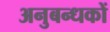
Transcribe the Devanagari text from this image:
अनुबन्धकों